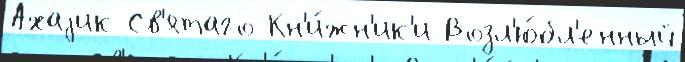
Ахаjик Св'ятаго Кн'и́жн'ик'и Возл'ю́бл'енный